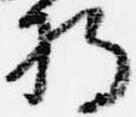
将